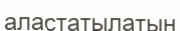
аластатылатын